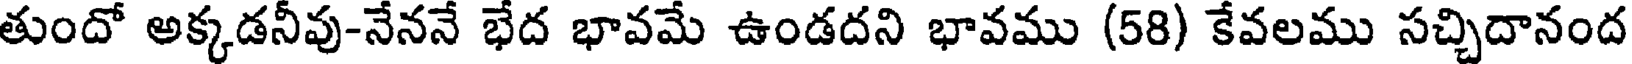
తుందో అక్కడనీవు-నేననే భేద భావమే ఉండదని భావము (58) కేవలము సచ్చిదానంద